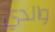
والدي